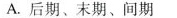
A.后期、末期、间期